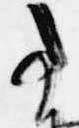
事